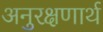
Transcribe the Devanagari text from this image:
अनुरक्षणार्थ